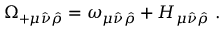
\Omega _ { + \mu \hat { \nu } \hat { \rho } } = \omega _ { \mu \hat { \nu } \hat { \rho } } + H _ { \mu \hat { \nu } \hat { \rho } } ~ .